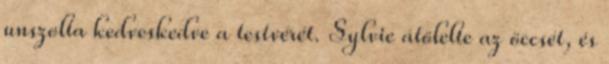
unszolta kedveskedve a testvérét. Sylvie átölelte az öccsét, és